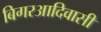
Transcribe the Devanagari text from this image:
बिगरआदिवासी